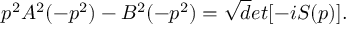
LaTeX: p ^ { 2 } A ^ { 2 } ( - p ^ { 2 } ) - B ^ { 2 } ( - p ^ { 2 } ) = \sqrt d e t [ - i S ( p ) ] .